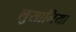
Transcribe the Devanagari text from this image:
लुसानिया